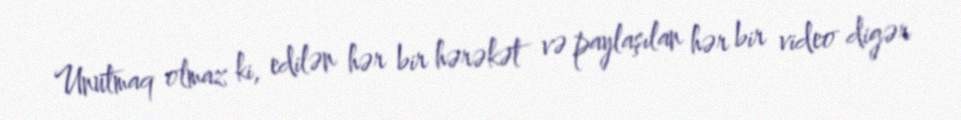
Unutmaq olmaz ki, edilən hər bir hərəkət və paylaşılan hər bir video digər